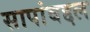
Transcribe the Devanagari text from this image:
सापांबद्दल